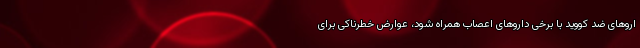
اروهای ضد کووید با برخی داروهای اعصاب همراه شود، عوارض خطرناکی برای